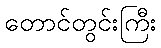
တောင်တွင်းကြီး